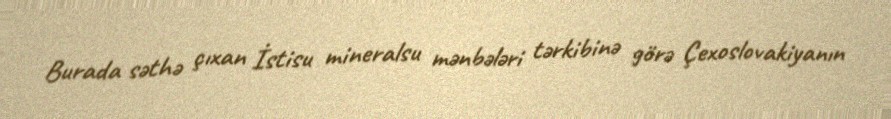
Burada səthə çıxan İstisu mineralsu mənbələri tərkibinə görə Çexoslovakiyanın